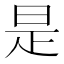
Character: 是